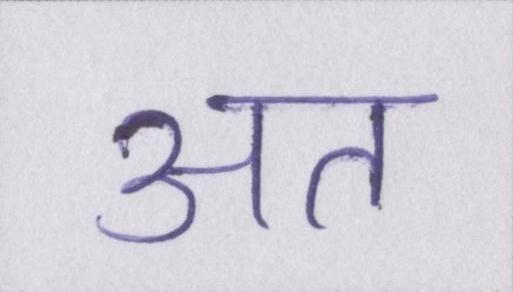
अत